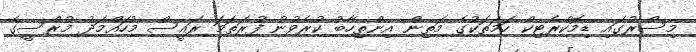
މިސްރުގައި ޑިމޮކްރެޓިކް ހަމަތަކުގެ މަތިން އިންތިހާބު ކުރެވުނު ފުރަތަމަ ރައީސް މުހައްމަދު މުރްސީގެ